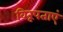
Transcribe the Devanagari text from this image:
विरूपताएं